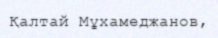
Қалтай Мұхамеджанов,